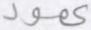
عمود